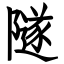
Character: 隧